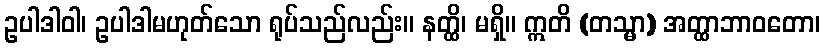
ဥပါဒါဝါ၊ ဥပါဒါမဟုတ်သော ရုပ်သည်လည်း။ နတ္ထိ၊ မရှိ။ ဣတိ (တသ္မာ) အတ္ထာဘာဝတော၊